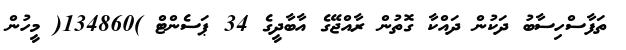
ތަފާސްހިސާބު ދަކުން ދައްކާ ގޮތުން ރާއްޖޭގެ އާބާދީގެ 34 ޕަސެންޓް )134860( މީހުން